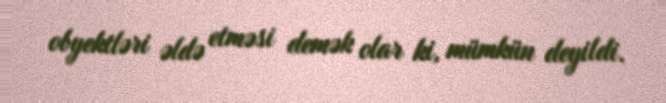
obyektləri əldə etməsi demək olar ki, mümkün deyildi.